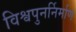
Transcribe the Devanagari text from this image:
विश्वपुनर्निर्माण